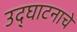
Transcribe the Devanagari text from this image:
उद्‌घाटनाचे